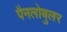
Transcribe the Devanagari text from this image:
पैनलोबुलर